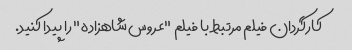
کارگردان فیلم مرتبط با فیلم "عروس شاهزاده" را پیدا کنید.